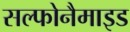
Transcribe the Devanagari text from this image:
सल्फोनैमाइड